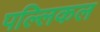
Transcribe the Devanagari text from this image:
पल्लिकल